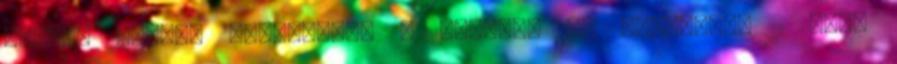
Babity Mária: Hajnaltájt 0 Babonák és hiedelmek 1 Bács